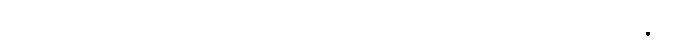
ဒီဃဒါဌောစ၊ ရှည်သောအစွယ်လည်းရှိ၏။ ယတ္ထ၊ အကြင်ခြင်္သေ့မျိုး၌။ ကုဉ္ဇရံ၊